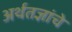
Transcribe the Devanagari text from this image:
अर्थतज्ञांचे